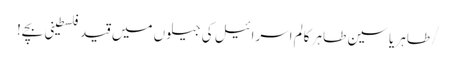
/طاہر یاسین طاہر	کالم	اسرائیل کی جیلوں میں قید فلسطینی بچے!